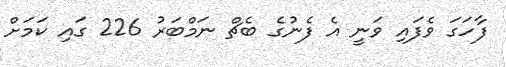
ފާހަގަ ވެފައި ވަނީ އެ ފެނުގެ ބެޗް ނަމްބަރު 226 ގައި ކަމަށް